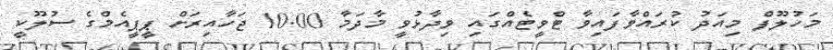
މަހުލޫފް މިއަދު ކުރައްވާފައިވާ ޓްވީޓެއްގައި ވިދާޅުވީ މާދަމާ 10.00 ޖަހާއިރަށް ޕީޕީއެމްގެ ސުލޫކީ